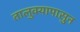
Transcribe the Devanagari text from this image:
तालुक्यापासुन